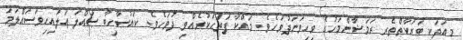
މިއަދަކީ ބަރަކާތްތެރި ރަމަޟާންމަހުގެ ވިހިވަނަދުވަހެވެ. މައްކާ ފަތަޙަކުރެއްވި ދުވަހެވެ. ކައުސާހިބާ ޞައްލަ ޢަލައިހިވަސައްލަމަ